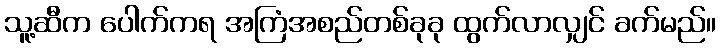
သူ့ဆီက ပေါက်ကရ အကြံအစည်တစ်ခုခု ထွက်လာလျှင် ခက်မည်။